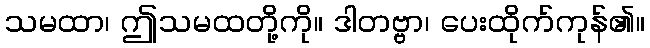
သမထာ၊ ဤသမထတို့ကို။ ဒါတဗ္ဗာ၊ ပေးထိုက်ကုန်၏။